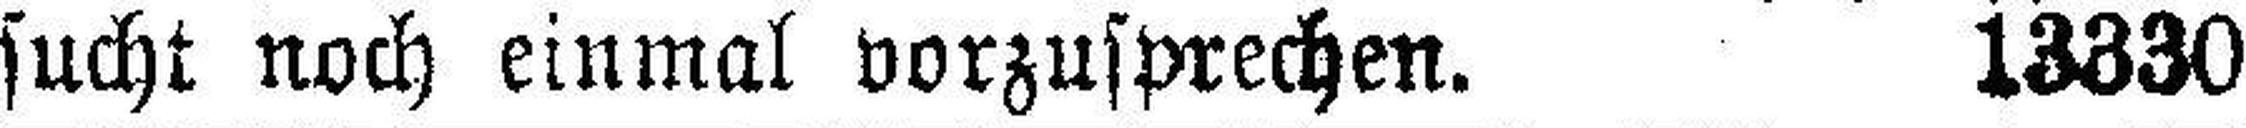
sucht noch einmal vorzusprechen. 13330